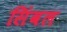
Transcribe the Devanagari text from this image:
सिंवल